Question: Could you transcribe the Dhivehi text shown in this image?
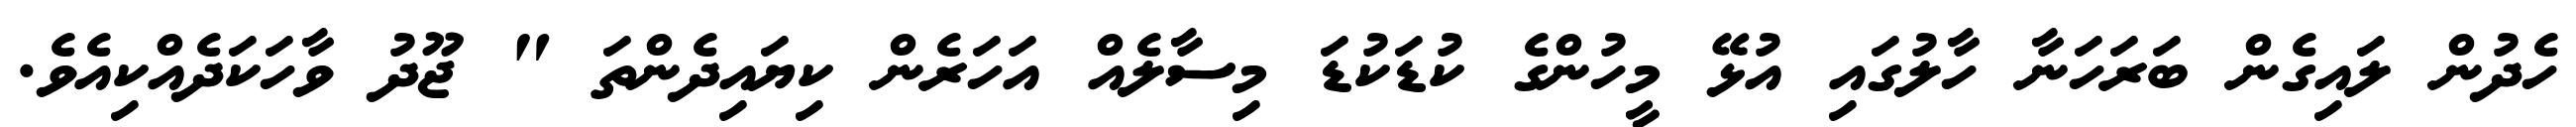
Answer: ހެދުން ލައިގެން ބަރަހަނާ ހާލުގައި އުޅޭ މީހުންގެ ކުޑަކުޑަ މިސާލެއް އަހަރެން ކިޔައިދެންތަ " ޖޫދު ވާހަކަދެއްކިއެވެ.